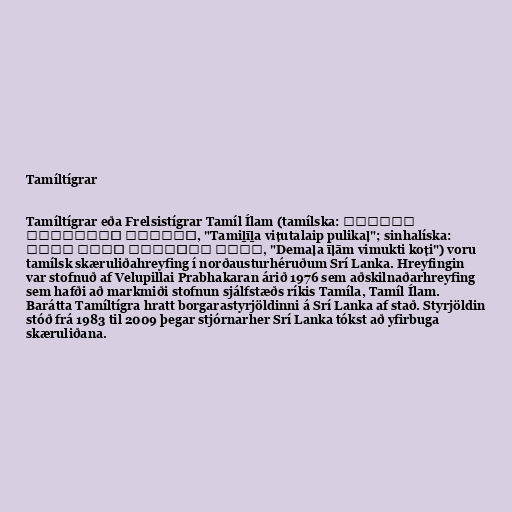
Tamíltígrar

Tamíltígrar eða Frelsistígrar Tamíl Ílam (tamílska: தமிழீழ
விடுதலைப் புலிகள், "Tamiḻīḻa viṭutalaip pulikaḷ"; sinhalíska:
දෙමළ ඊළාම් විමුක්ති කොටි, "Demaḷa īḷām vimukti koṭi") voru
tamílsk skæruliðahreyfing í norðausturhéruðum Srí Lanka. Hreyfingin
var stofnuð af Velupillai Prabhakaran árið 1976 sem aðskilnaðarhreyfing
sem hafði að markmiði stofnun sjálfstæðs ríkis Tamíla, Tamíl Ílam.
Barátta Tamíltígra hratt borgarastyrjöldinni á Srí Lanka af stað. Styrjöldin
stóð frá 1983 til 2009 þegar stjórnarher Srí Lanka tókst að yfirbuga
skæruliðana.